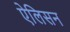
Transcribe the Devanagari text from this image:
ऐलिसन